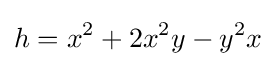
h=x^{2}+2x^{2}y-y^{2}x